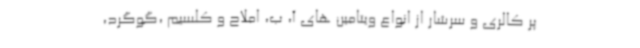
پر کالری و سرشار از انواع ویتامین های آ، ب، املاح و کلسیم ،گوگرد،